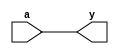
module buffer_(a,y);
	input a;
	output y;
	assign y=a;	
endmodule